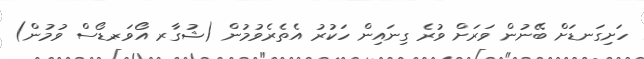
ހަށިގަނޑަށް ބޭނުން ވަރަށް ވުރެ ގިނައިން ހަކުރު އެތެރެވުމުން (ޝުގާރ އޯވަރ-ޑޯސް ވުމުން)